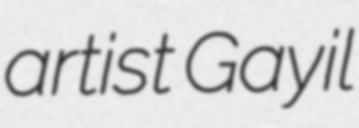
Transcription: artist Gayil